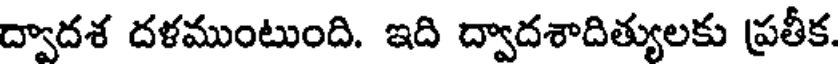
ద్వాదశ దళముంటుంది. ఇది ద్వాదశాదిత్యులకు ప్రతీక.